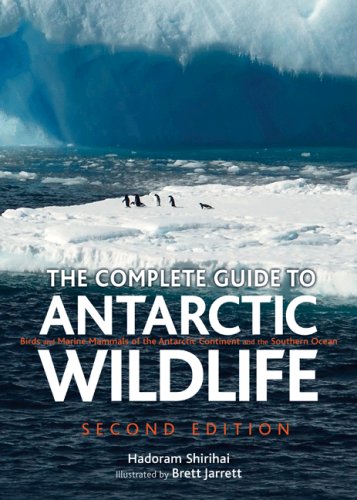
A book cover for The Complete Guide to Antarctic Wildlife: Birds and Marine Mammals of the Antarctic Continent and the Southern Ocean; Hadoram Shirihai; Travel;